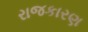
રાજકારણ